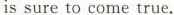
is sure to come true.